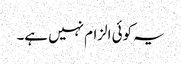
یہ کوئی الزام نہیں ہے۔